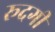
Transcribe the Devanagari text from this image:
रूदगी